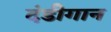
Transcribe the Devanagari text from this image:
दंडीगान